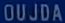
OUJDA